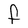
Character: F